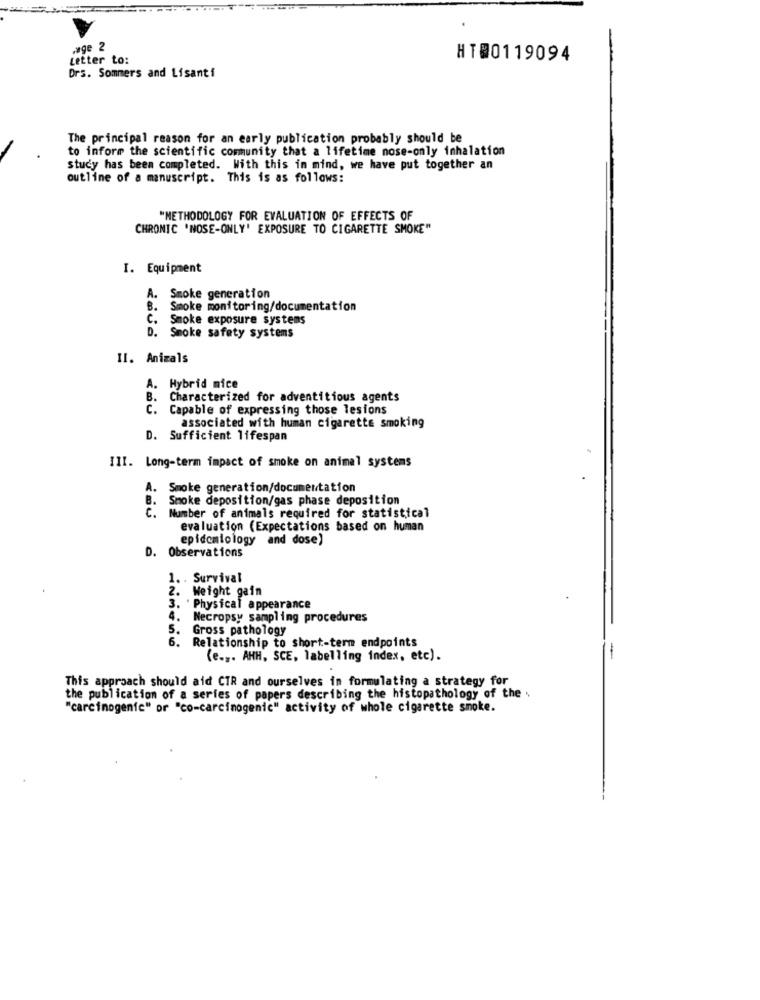
,age 2
Letter to:
HT00119094
Drs. Sommers and Lisanti
The principal reason for an early publication probably should be
to inform the scientific community that a lifetime nose-only inhalation
study has been completed. With this in mind, we have put together an
outline of a manuscript. This is as follows:
"METHODOLOGY FOR EVALUATION OF EFFECTS OF
CHRONIC 'NOSE-ONLY' EXPOSURE TO CIGARETTE SMOKE"
I. Equipment
A.
Smoke generation
B.
Smoke monitoring/documentation
C.
Smoke exposure systems
D. Smoke safety systems
II. Animals
A. Hybrid mice
B. Characterized for adventitious agents
C. Capable of expressing those lesions
associated with human cigarette smoking
D. Sufficient lifespan
III. Long-term impact of smoke on animal systems
. Smoke generation/documentation
B.
Smoke deposition/gas phase deposition
C. Number of animals required for statistical
evaluation (Expectations based on human
epidemiology and dose)
D. Observations
1. . Survival
2. Weight gain
3. ' Physical appearance
4.
Necropsy sampling procedures
5.
Gross pathology
6.
Relationship to short-term endpoints
(e .,. AHH, SCE, labelling index, etc).
-
This approach should aid CTR and ourselves in formulating a strategy for
the publication of a series of papers describing the histopathology of the .
"carcinogenic" or "co-carcinogenic" activity of whole cigarette smoke.